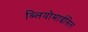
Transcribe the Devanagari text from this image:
ब्लियोमाईसिन